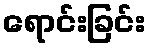
ရောင်းခြင်း